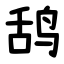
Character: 鸹